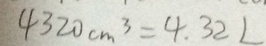
4 3 2 0 c m ^ { 3 } = 4 . 3 2 L